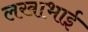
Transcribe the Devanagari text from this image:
लखाभाई